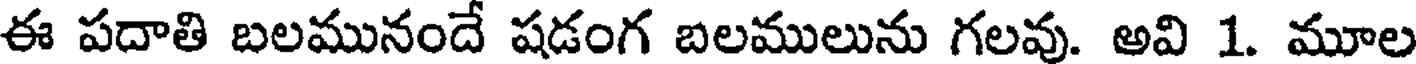
ఈ పదాతి బలమునందే షడంగ బలములును గలవు. అవి 1. మూల